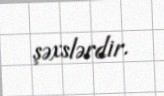
şəxslərdir.